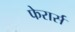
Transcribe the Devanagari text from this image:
फेरार्स